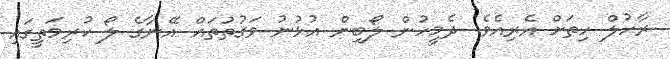
ރާހުލް ހިތަށް އެރިއެވެ. ދެމީހުން ލޯބިން އުޅުނު ވަގުތުތައް އޭނާގެ ލޯ ކުރިމަތީގައި